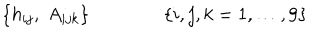
\{ h _ { i j } , \; A _ { i j k } \} \qquad \qquad \{ i , j , k = 1 , \dots , 9 \}